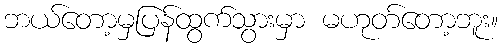
ဘယ်တော့မှပြန်ထွက်သွားမှာ မဟုတ်တော့ဘူး။